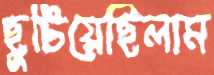
ছুটিয়েছিলাম